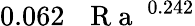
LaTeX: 0.062\, \mathrm{~\textit~{~R~a~}~}^{0.242}